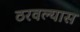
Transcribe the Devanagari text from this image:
ठरवल्यास